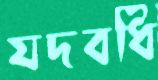
যদবধি